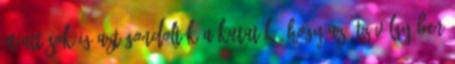
miatt sokáig azt gondolták a kutatók, hogy az Ötz-völgyében